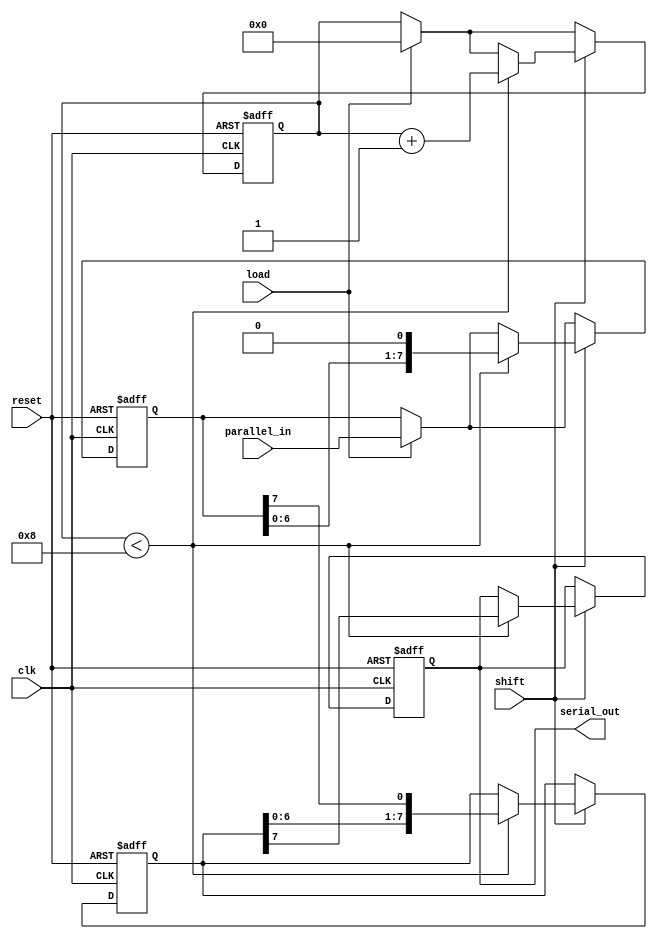
module TwoStagePISO #(
    parameter N = 8  // Width of the data
)(
    input wire [N-1:0] parallel_in, // Parallel input data
    input wire load,                 // Load control signal
    input wire shift,                // Shift control signal
    input wire clk,                  // Clock signal
    input wire reset,                // Asynchronous reset signal
    output reg serial_out            // Serial output
);

    // Internal registers for the two stages
    reg [N-1:0] input_stage;         // Input stage register
    reg [N-1:0] intermediate_stage;   // Intermediate stage register
    reg [3:0] shift_counter;          // Counter for the number of shifts

    // Asynchronous reset
    always @(posedge clk or posedge reset) begin
        if (reset) begin
            input_stage <= 0;
            intermediate_stage <= 0;
            serial_out <= 0;
            shift_counter <= 0;
        end else begin
            if (load) begin
                // Load data into the input stage
                input_stage <= parallel_in;
                shift_counter <= 0; // Reset shift counter on load
            end
            
            if (shift) begin
                // Shift data from input_stage to intermediate_stage
                if (shift_counter < N) begin
                    intermediate_stage <= {intermediate_stage[N-2:0], input_stage[N-1]};
                    serial_out <= intermediate_stage[N-1]; // Output the MSB of intermediate_stage
                    input_stage <= {input_stage[N-2:0], 1'b0}; // Shift input_stage
                    shift_counter <= shift_counter + 1; // Increment shift counter
                end
            end
        end
    end

endmodule